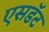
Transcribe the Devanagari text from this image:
एसडॅट